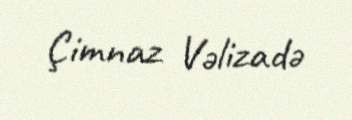
Çimnaz Vəlizadə